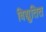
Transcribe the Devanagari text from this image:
विद्युतित